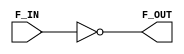
/**************************************************************************
** ND120 DGA (Decode Gate Array)                                         **
** DECODE/DGA                                                            **
**                                                                       **
** NEC F103 - Inverter x3 signal drive                                   **
**                                                                       **
** Last reviewed: 20-MAY-2024                                            **
** Ronny Hansen                                                          **
***************************************************************************/

module F103
( 
   input F_IN,
   output F_OUT 
);

   assign F_OUT = ~F_IN;

endmodule